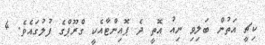
ކިޗީ އަތުން ބަލިވި ނިއު އޮތީ ދެ ޕޮއިންޓާއެކީ ގްރޫޕްގެ ފުލުގައެވެ. 4